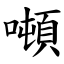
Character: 噸